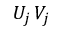
U _ { j } \, V _ { j }